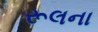
રૂલના